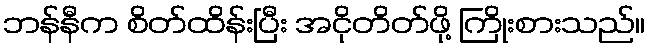
ဘန်နီက စိတ်ထိန်းပြီး အငိုတိတ်ဖို့ ကြိုးစားသည်။